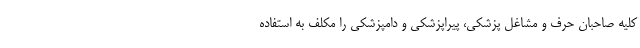
کلیه صاحبان حرف و مشاغل پزشکی، پیراپزشکی و دامپزشکی را مکلف به استفاده